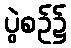
ပွဲစဉ်၌